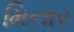
મિનાર